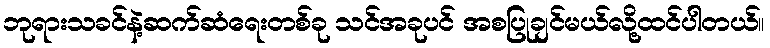
ဘုရားသခင်နဲ့ဆက်ဆံရေးတစ်ခု သင်အခုပင် အစပြုချင်မယ်လို့ထင်ပါတယ်။